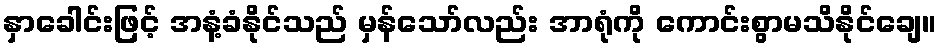
နှာခေါင်းဖြင့် အနံ့ခံနိုင်သည် မှန်သော်လည်း အာရုံကို ကောင်းစွာမသိနိုင်ချေ။